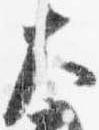
大